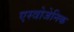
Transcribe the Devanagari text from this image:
एस्त्रोजेनिक